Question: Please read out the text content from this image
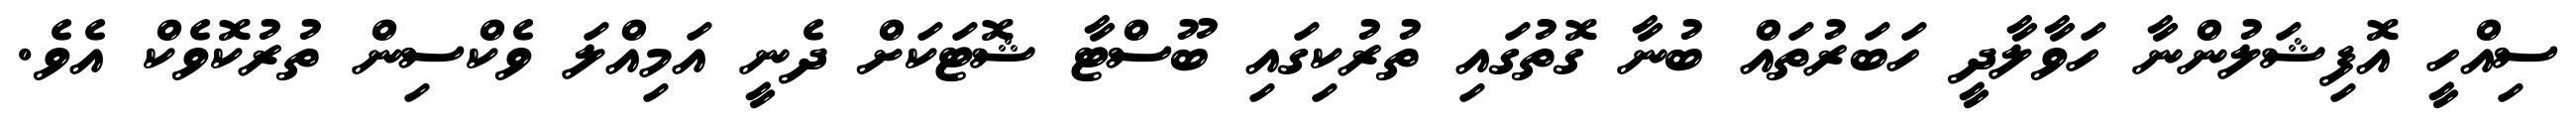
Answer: ސިއްހީ އޮފިޝަލުންނާ ހަވާލާދީ ހަބަރުތައް ބުނާ ގޮތުގައި ތުރުކިގައި ބޫސްޓާ ޝޮޓަކަށް ދެނީ އަމިއްލަ ވެކްސިން ތުރުކޮވެކް އެވެ.